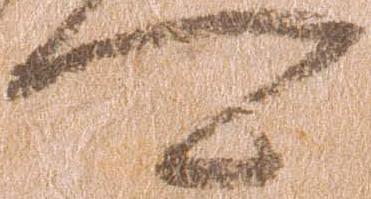
可